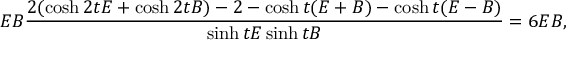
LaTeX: E B \frac { 2 ( \cosh 2 t E + \cosh 2 t B ) - 2 - \cosh t ( E + B ) - \cosh t ( E - B ) } { \sinh t E \sinh t B } = 6 E B ,